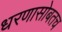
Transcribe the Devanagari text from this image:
धरणासोबतच